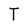
Character: T